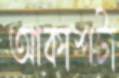
আকাশটা